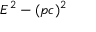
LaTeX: E ^ { 2 } - ( p c ) ^ { 2 }